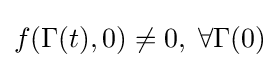
f(\Gamma (t),0)\neq 0,\;\forall \Gamma (0)